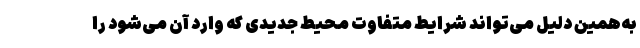
به‌همین دلیل می‌تواند شرایط متفاوت محیط جدیدی که وارد آن می­‌شود را